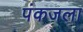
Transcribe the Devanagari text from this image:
पंकजला